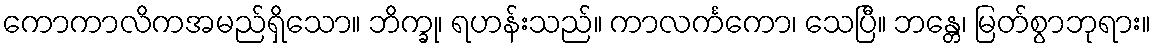
ကောကာလိကအမည်ရှိသော။ ဘိက္ခု၊ ရဟန်းသည်။ ကာလင်္ကကော၊ သေပြီ။ ဘန္တေ၊ မြတ်စွာဘုရား။